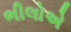
ભીલોએ